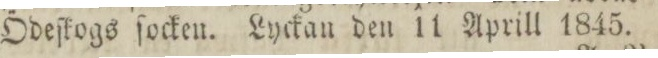
Ödeſtogs ſocken. Lyckan den 11 Aprill 1845.